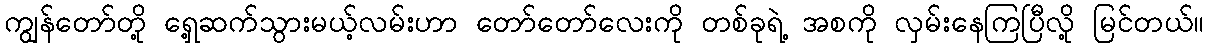
ကျွန်တော်တို့ ရှေ့ဆက်သွားမယ့်လမ်းဟာ တော်တော်လေးကို တစ်ခုရဲ့ အစကို လှမ်းနေကြပြီလို့ မြင်တယ်။